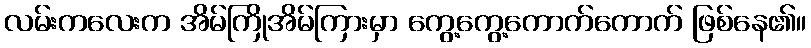
လမ်းကလေးက အိမ်ကြိုအိမ်ကြားမှာ ကွေ့ကွေ့ကောက်ကောက် ဖြစ်နေ၏။